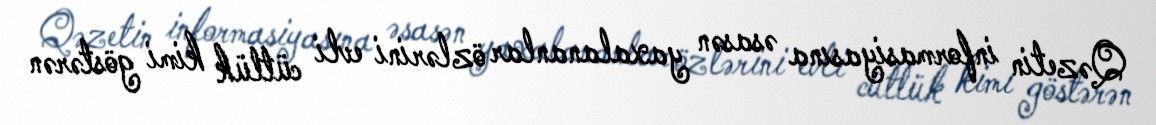
Qəzetin informasiyasına əsasən yaxalananlar özlərini evli cütlük kimi göstərən